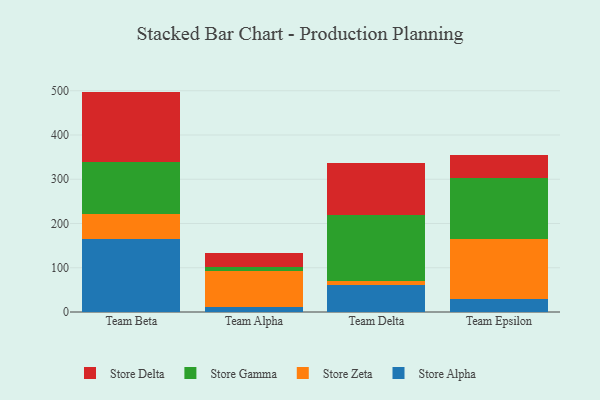
{"axis": {"x": "Team", "y": "Tickets Resolved"}, "legend": ["Store Alpha", "Store Delta", "Store Gamma", "Store Zeta"], "data": [{"x": "Team Beta", "y": 165.8, "type": "Store Alpha"}, {"x": "Team Beta", "y": 55.6, "type": "Store Zeta"}, {"x": "Team Beta", "y": 118.5, "type": "Store Gamma"}, {"x": "Team Beta", "y": 158.2, "type": "Store Delta"}, {"x": "Team Alpha", "y": 10.7, "type": "Store Alpha"}, {"x": "Team Alpha", "y": 82.1, "type": "Store Zeta"}, {"x": "Team Alpha", "y": 8.3, "type": "Store Gamma"}, {"x": "Team Alpha", "y": 32.9, "type": "Store Delta"}, {"x": "Team Delta", "y": 61.5, "type": "Store Alpha"}, {"x": "Team Delta", "y": 7.6, "type": "Store Zeta"}, {"x": "Team Delta", "y": 149.8, "type": "Store Gamma"}, {"x": "Team Delta", "y": 118.2, "type": "Store Delta"}, {"x": "Team Epsilon", "y": 30.3, "type": "Store Alpha"}, {"x": "Team Epsilon", "y": 135.0, "type": "Store Zeta"}, {"x": "Team Epsilon", "y": 137.5, "type": "Store Gamma"}, {"x": "Team Epsilon", "y": 52.8, "type": "Store Delta"}]}